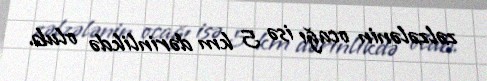
zəlzələnin ocağı isə 5 km dərinlikdə olub.